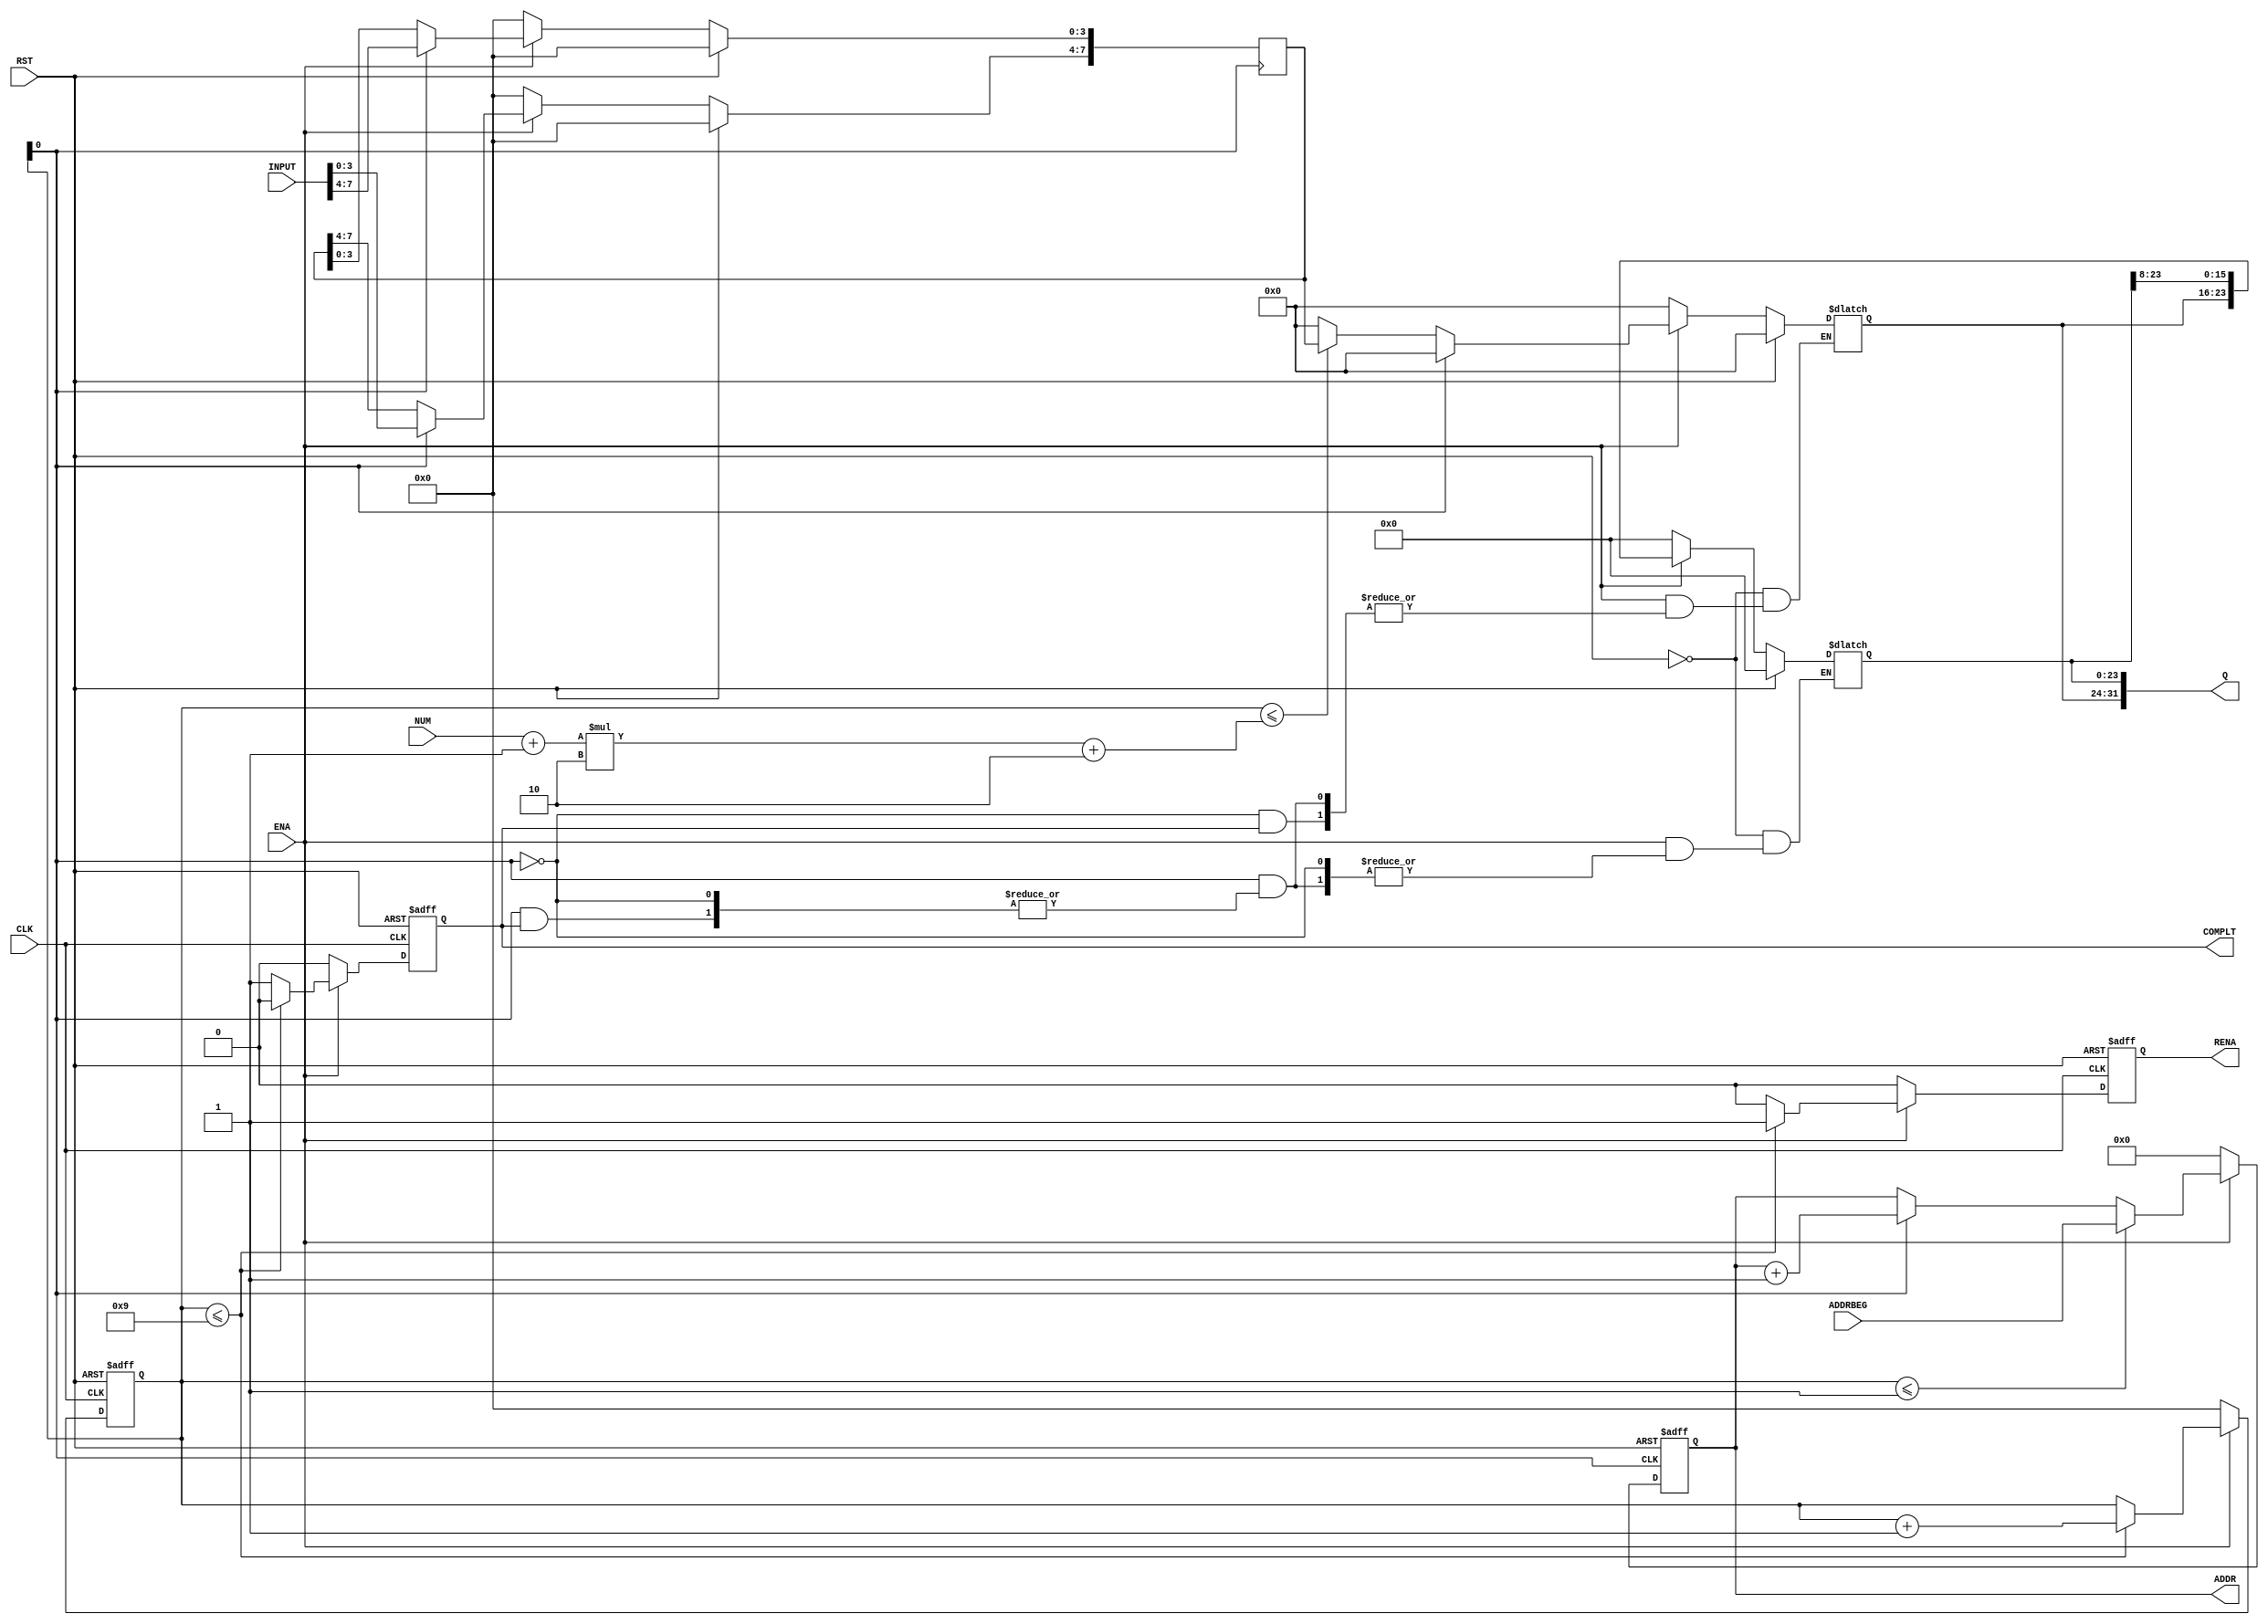
module sectorBytePicker(
RST,
CLK,
ENA,
ADDRBEG,
NUM,
INPUT,
ADDR,
RENA,
COMPLT,
Q);
 
input  tri        RST, CLK, ENA;
input  tri [8:0]  ADDRBEG;
input  tri [1:0]  NUM;
input  tri [7:0]  INPUT;
output reg [8:0]  ADDR;
output reg        RENA;
output reg        COMPLT;
output reg [31:0] Q;

localparam maxCounterValue = 8; //because Q[31:0]

localparam
setAddr = 0,
getCircleShiftByte = 1,
setOutput = 2;

reg [2:0] state;
reg [2:0] nextState;

always @(posedge RST or posedge CLK)
begin
if(RST)
begin
end
else
begin
if(ENA)
begin
	
end
end
end

//-------------------------------------------
reg [3:0] i;
always @ (posedge RST or posedge CLK)
begin
if(RST)
begin
	i <= 0;
	COMPLT <= 1'b0;
	RENA <= 1'b0;
end
else
begin
	if(ENA)
	begin
		if(i <= (maxCounterValue + 1))
		begin
			i <= i + 1'b1;
			COMPLT <= 1'b0;
			RENA <= 1'b1;
		end
		else
		begin
			COMPLT <= 1'b1;
			RENA <= 1'b0;
		end
	end
	else
	begin
		i <= 0;
		COMPLT <= 1'b0;
		RENA <= 1'b0;
	end
end

end

//-------------------------------------------
always @ (posedge RST or posedge i[0])
begin

if(RST)
begin
	ADDR <= 0;
end
else
begin
	if(ENA)
	begin
	  if(i <= 1)
	  begin
	    ADDR <= ADDRBEG;
	  end
	  else
	  begin
		  if(i[0] == 1'b1)
		  begin
			 ADDR <= ADDR + 1;
		  end
		end
	end
	else
	begin
		ADDR <= 0;
	end
end

end
//-------------------------------------------
reg [7:0] circleShiftByte;

always @ (posedge i[0])
begin

if(RST)
begin
	circleShiftByte <= 0;
end
else
begin
	if(ENA)
	begin
		if(i[0] == 1'b1)
		begin
			circleShiftByte[7:4] <= INPUT[3:0];
			circleShiftByte[3:0] <= INPUT[7:4];
		end
	end
	else
	begin
		circleShiftByte <= 0;
	end
end

end
//-------------------------------------------
always @ (i[0])
begin

if(RST)
begin
	Q <= 0;
end
else
begin
	if(ENA)
	begin
		if(i[0] == 1'b0)
		begin
			if(!COMPLT)
			begin
			  if(i <= (((NUM + 1) * 2) + 2))
			  begin
				  Q [31:24] <= circleShiftByte;
				end
				else
				begin
				  Q [31:24] <= {8{1'b0}};
				end
			end
		end
		else if(i[0] == 1'b1)
		begin
			if(!COMPLT)
			begin
				Q <= Q >> 4'b1000;
			end
		end
	end
	else
	begin
		Q <= 0;
	end
end

end

endmodule